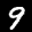
Label: 9